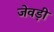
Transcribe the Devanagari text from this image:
जेवड़ी